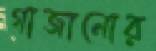
গাজানোর